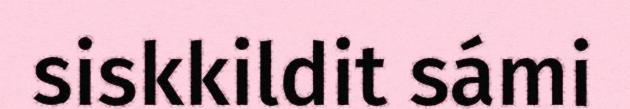
siskkildit sámi